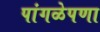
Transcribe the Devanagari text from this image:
पांगळेपणा